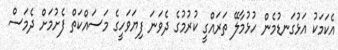
އެކަމަކު އަޅުގަނޑުމެން ހުޅުމާލޭ ތަރައްގީ ކުރުމުގެ ދެވަނަ ފިޔަވަހީގެ މަސައްކަތް ފެށުމަށް ދެމަސް